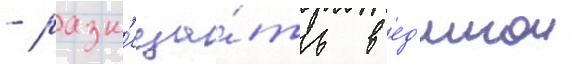
- разм'еща́ть в ед'инои